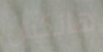
هانكس